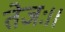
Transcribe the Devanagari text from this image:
तेजः।।